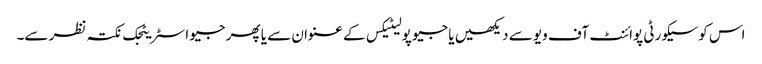
اس کو سیکورٹی پوائنٹ آف ویو سے دیکھیں یا جیو پولیٹیکس کے عنوان سے یا پھر جیو اسٹریٹجک نکتہ نظر سے۔